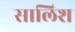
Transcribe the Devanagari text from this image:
सालिश